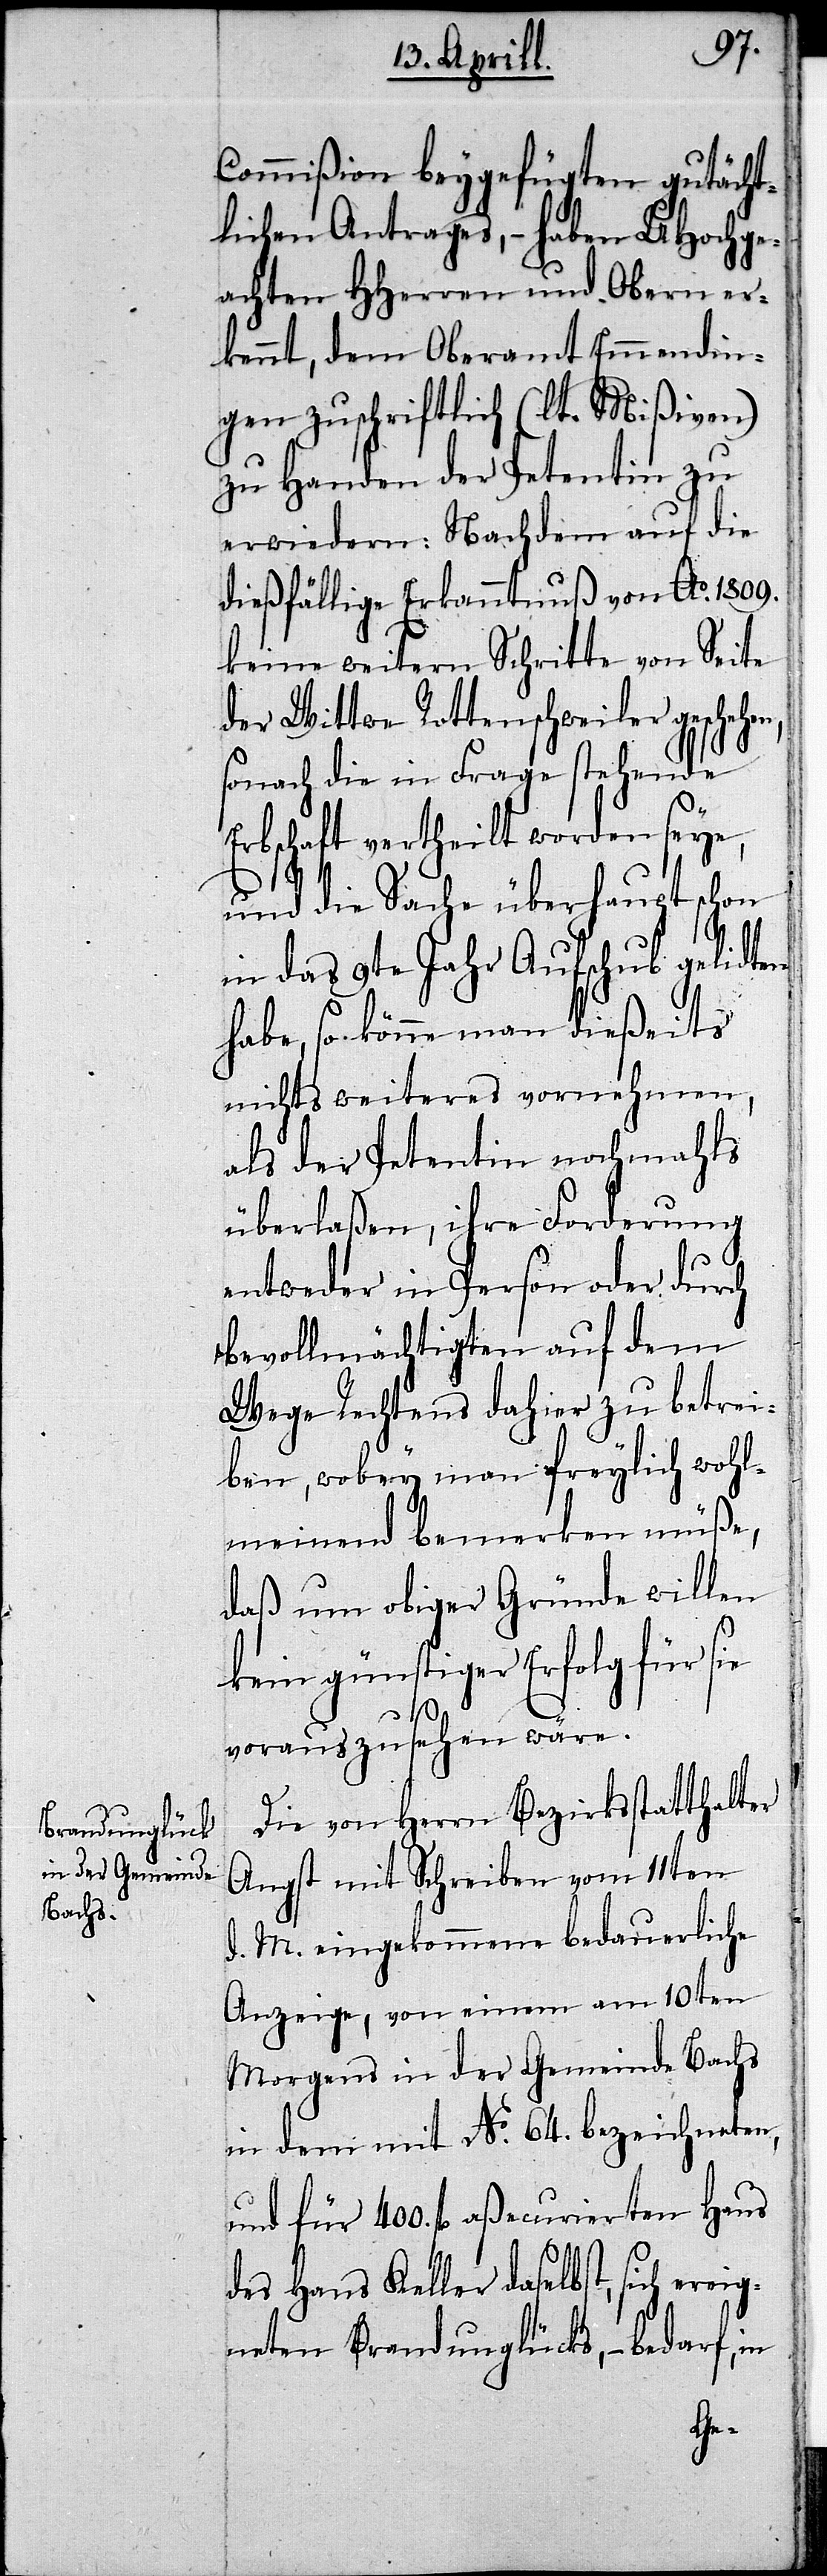
Commißion beygefügten gutächt¬
lichen Antrages,– haben UHochge¬
achten HHerren und Obern er¬
kennt, dem Oberamt Emmendin¬
gen zuschriftlich (lt. Mißiven)
zu Handen der Petentin zu
erwiedern: Nachdem auf die
dießfällige Erkanntnuß von Ao. 1809.
keine weitern Schritte von Seite
der Wittwe Rottenschweiler geschehe¬
sonach die in Frage stehende
Erbschaft vertheilt worden seye,
und die Sache überhaupt schon
in das 9te Jahr Aufschub gelidten
habe, so könne man dießseits
nichts weiteres vornehmen,
als der Petentin nochmahls
überlaßen, ihre Forderung
entweder in Person oder durch
bevollmächtigten auf dem
Wege Rechtens dahier zu betrei¬
ben, wobey man freylich wohl¬
meinend bemerken müße,
daß um obiger Gründe willen
kein günstiger Erfolg für sie
vorauszusehen wäre.
n,
Die von Herrn Bezirksstatthalter
Angst mit Schreiben vom 11ten
d. M. eingekommene bedauerliche
Anzeige, von einem am 10ten
Morgens in der Gemeinde Bachs
in dem mit No. 64. bezeichneten,
und für 400. fl. aßecurierten Haus
des Hans Keller daselbst, sich ereig¬
neten Brandunglücks,– bedarf, in